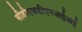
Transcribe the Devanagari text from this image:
सीडीएफडीएनआईआई